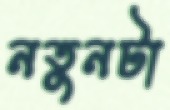
নতুনটা